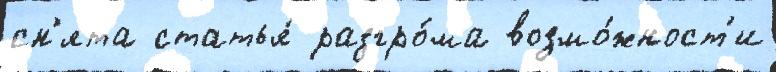
сн'ята статья́ разгро́ма возмо́жност'и